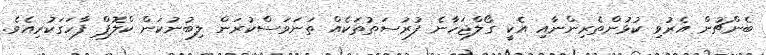
ބެންޗުން އެރުވި ކުޅުންތެރިންނާއި އެކީ ގޯލްޖަހާނެ ފުރުސަތުތަކެއް ތަނަވަސްކުރަން ލިބުނުކަން ކްލޮޕް ފާހަގަކުރިއެވެ.